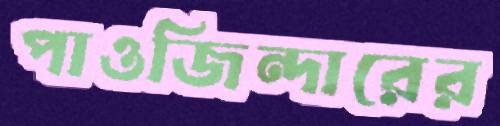
পাওজিন্দারের